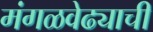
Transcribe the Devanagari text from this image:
मंगळवेढ्याची